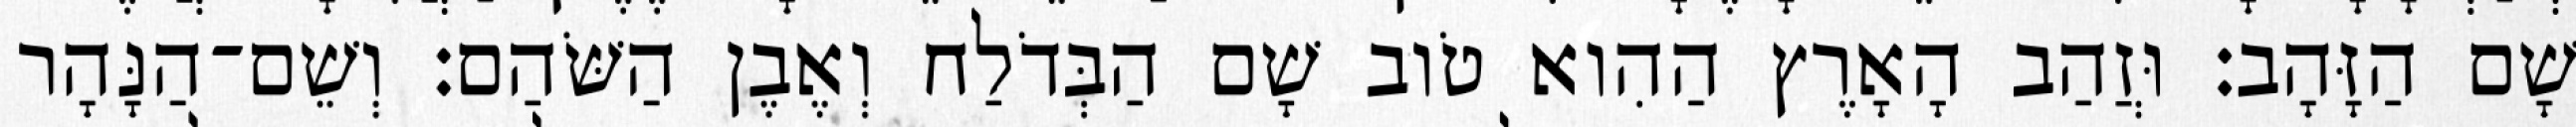
שָׁם הַזָּהָב׃ וּזֲהַב הָאָרֶץ הַהִוא טֹוב שָׁם הַבְּדֹלַח וְאֶבֶן הַשֹּׁהַם׃ וְשֵׁם־הַנָּהָר